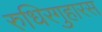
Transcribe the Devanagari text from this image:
रुधिरगुहारस